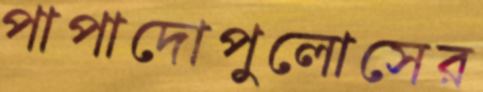
পাপাদোপুলোসের